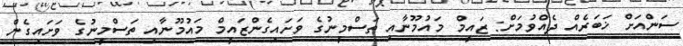
ސަންއަށް ޚަބަރެއް ދެއްވުމަށް: ޒައީމް މައުމޫނާއި ތަސްމީނުގެ ވަށައިގެންޒައީމް މައުމޫނާއި ތަސްމީނުގެ ވަށައިގެން